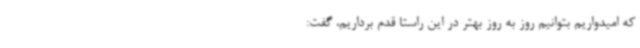
که امیدواریم بتوانیم روز به روز بهتر در این راستا قدم برداریم، گفت: